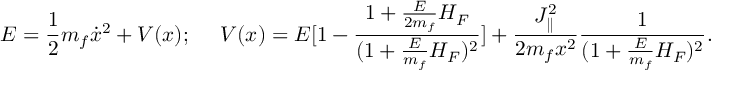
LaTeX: E = { \frac { 1 } { 2 } } m _ { f } \dot { x } ^ { 2 } + V ( x ) ; \ \ \ \ V ( x ) = E [ 1 - { \frac { 1 + { \frac { E } { 2 m _ { f } } } H _ { F } } { ( 1 + { \frac { E } { m _ { f } } } H _ { F } ) ^ { 2 } } } ] + { \frac { J _ { \parallel } ^ { 2 } } { 2 m _ { f } x ^ { 2 } } } { \frac { 1 } { ( 1 + { \frac { E } { m _ { f } } } H _ { F } ) ^ { 2 } } } .